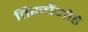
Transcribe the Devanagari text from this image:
तिरूचेंगोडे